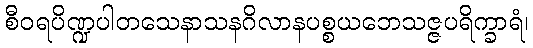
စီဝရပိဏ္ဍပါတသေနာသနဂိလာနပစ္စယဘေသဇ္ဇပရိက္ခာရံ၊